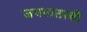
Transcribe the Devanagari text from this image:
जयपालाशी